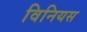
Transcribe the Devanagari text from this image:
विनियस